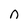
Character: n